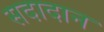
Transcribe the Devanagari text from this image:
सदादान